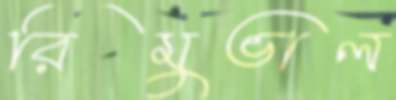
রিমুভাল